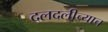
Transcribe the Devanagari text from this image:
दलदलीच्याच